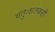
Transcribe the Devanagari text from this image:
चतुःशतकही